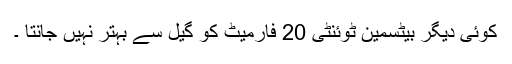
کوئی دیگر بیٹسمین ٹوئنٹی 20 فارمیٹ کو گیل سے بہتر نہیں جانتا ۔